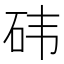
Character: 𮵊